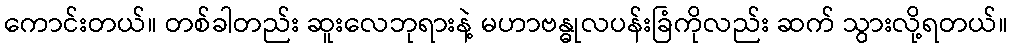
ကောင်းတယ်။ တစ်ခါတည်း ဆူးလေဘုရားနဲ့ မဟာဗန္ဓုလပန်းခြံကိုလည်း ဆက် သွားလို့ရတယ်။